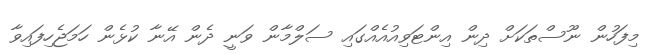
މިފަހުން ނޫސްތަކަށް ދިން އިންޓަވިއުއެއްގައި ސަލްމާން ވަނީ ދެން އޭނާ ކުޅެން ހަމަޖެހިފައިވާ